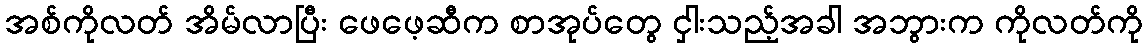
အစ်ကိုလတ် အိမ်လာပြီး ဖေဖေ့ဆီက စာအုပ်တွေ ငှါးသည့်အခါ အဘွားက ကိုလတ်ကို